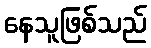
နေသူဖြစ်သည်